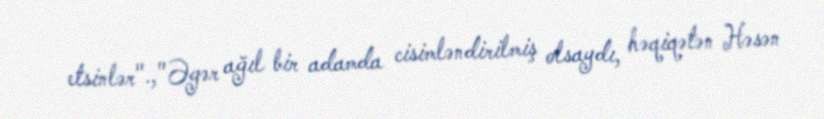
etsinlər".,"Əgər ağıl bir adamda cisimləndirilmiş olsaydı, həqiqətən Həsən